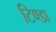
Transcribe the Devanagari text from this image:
टिण्डा